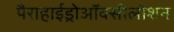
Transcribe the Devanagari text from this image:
पैराहाईड्रोऑक्सीलोशन